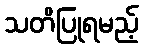
သတိပြုရမည့်